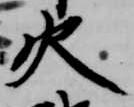
火